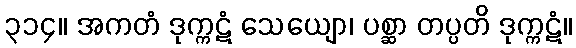
၃၁၄။ အကတံ ဒုက္ကဋံ သေယျော၊ ပစ္ဆာ တပ္ပတိ ဒုက္ကဋံ။